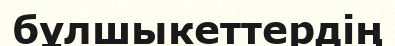
бұлшыкеттердің